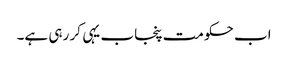
اب حکومت پنجاب یہی کر رہی ہے۔